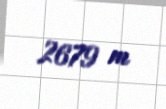
2679 m